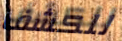
للكشف